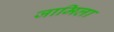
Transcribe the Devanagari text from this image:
जामिला